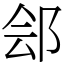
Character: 郐